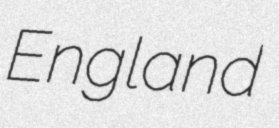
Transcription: England